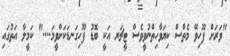
"ވަރަށް ފޫހިވޭ މެތްސް ކިޔަވާހިތްނުވީވެސް ޓީޗަރ އަކީ ބޮޑު ފޫހިގަނޑަކަށްވީމަ...." ކަމީލާ އަތުގައި